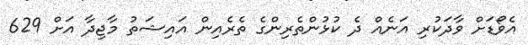
އެވޯޑަށް ވާދަކުރި އަނެއް ދެ ކުޅުންތެރިންގެ ތެރެއިން އައިޝަތު މާޖިދާ އަށް 629